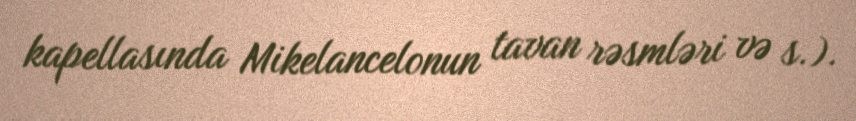
kapellasında Mikelancelonun tavan rəsmləri və s.).